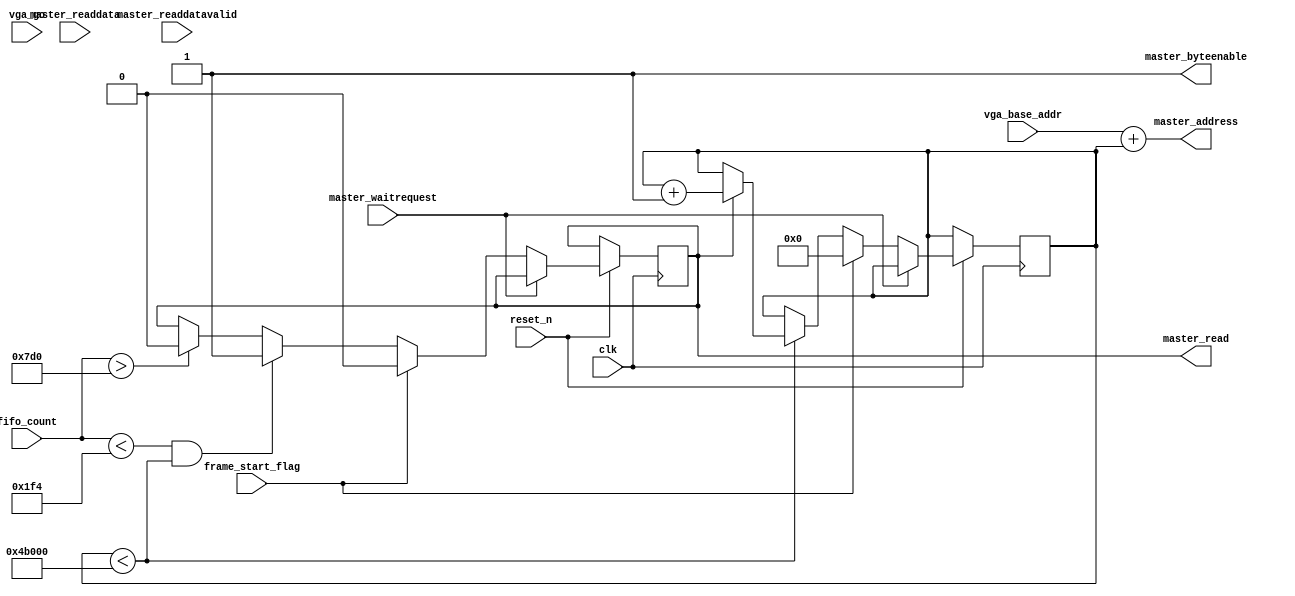
module vga_sdram(input wire clk,
input wire reset_n,

output wire[31:0] master_address, //
output wire master_read, //
output wire master_byteenable,
input wire master_waitrequest, //
input wire master_readdatavalid, //
input wire[7:0] master_readdata, //

input wire[31:0] vga_base_addr, //VGA
input wire vga_go, //VGA 
input wire frame_start_flag, //
input wire[11:0] fifo_count
);

 

reg [19:0] input_data_count;
reg vga_read;

assign master_read = vga_read;
assign master_byteenable = 1'd1; //
assign master_address = vga_base_addr + input_data_count;

//FIFO
always @ (posedge clk or negedge reset_n)
begin
if (!reset_n)
begin
//vga_read <= 1'b0; //SDRAM 
end

// FIFO
else if (!master_waitrequest ) // : // 1. 
begin

if (frame_start_flag)
begin
vga_read <= 1'b0;
end
else if( (fifo_count < 500) && (input_data_count < 307200) )
begin
vga_read <= 1'b1; // FIFO
end
else if(fifo_count > 2000)
begin
vga_read <= 1'b0; // FIFO
end


end
end


always @ (posedge clk or negedge reset_n)
begin
if (!reset_n)
begin
//input_data_count <= 0;
end

// FIFO
else if (!master_waitrequest ) // : // 1. 
begin

if (frame_start_flag)
begin
input_data_count <= 0;
end
else if( input_data_count < 307200)
begin
if(vga_read == 1'b1)
input_data_count <= input_data_count + 1;
end

end
end

 

endmodule